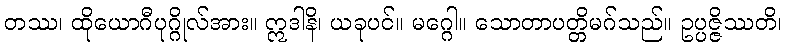
တဿ၊ ထိုယောဂီပုဂ္ဂိုလ်အား။ ဣဒါနိ၊ ယခုပင်။ မဂ္ဂေါ။ သောတာပတ္တိမဂ်သည်။ ဥပ္ပဇ္ဇိဿတိ၊